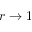
r \to 1